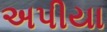
અપીયા